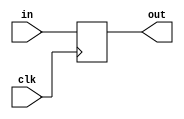
`timescale 1ns / 1ps
//////////////////////////////////////////////////////////////////////////////////
// Company: 
// Engineer: 
// 
// Design Name: 
// Module Name:    PC_REG 
// Project Name: 
// Target Devices: 
// Tool versions: 
// Description: 
//
// Dependencies: 
//
// Revision: 
// Revision 0.01 - File Created
// Additional Comments: 
//
//////////////////////////////////////////////////////////////////////////////////
module PC_REG(in,clk,out);
	input [4:0] in;
	input clk;
	output [4:0] out;
	reg [4:0] out;
	initial begin
		out=21;
	end
	always@(posedge clk)
	begin
		out=in;
	end
	always@(negedge clk )
	begin
		$display("PC = %d",out);
	end
endmodule